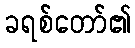
ခရစ်တော်၏